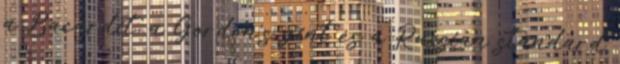
a Bacardit, a Gordon’s gint és a Russian standard